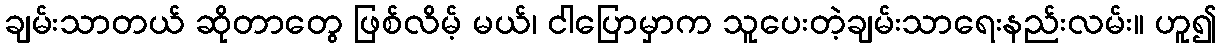
ချမ်းသာတယ် ဆိုတာတွေ ဖြစ်လိမ့် မယ်၊ ငါပြောမှာက သူပေးတဲ့ချမ်းသာရေးနည်းလမ်း။ ဟူ၍